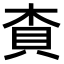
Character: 𧴿